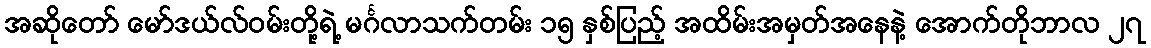
အဆိုတော် မော်ဒယ်လ်ဝမ်းတို့ရဲ့ မင်္ဂလာသက်တမ်း ၁၅ နှစ်ပြည့် အထိမ်းအမှတ်အနေနဲ့ အောက်တိုဘာလ ၂၇